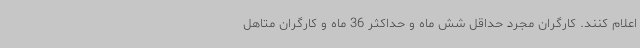
اعلام کنند. کارگران مجرد حداقل شش ماه و حداکثر 36 ماه و کارگران متاهل